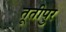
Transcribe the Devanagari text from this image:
तूतीपुर